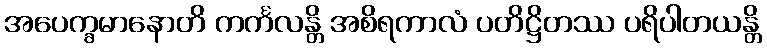
အပေက္ခမာနောတိ ကင်္ကလန္တိ အစိရကာလံ ပတိဋ္ဌိတဿ ပရိပါတယန္တိ